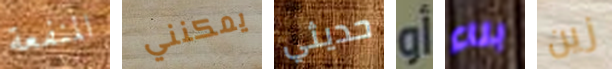
المنفعة يمكنني حديثي أو بناء زين